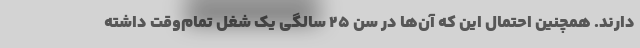
دارند. همچنین احتمال این که آن‌ها در سن ۲۵ سالگی یک شغل تمام‌وقت داشته